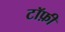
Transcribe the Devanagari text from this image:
टॉफ़ी